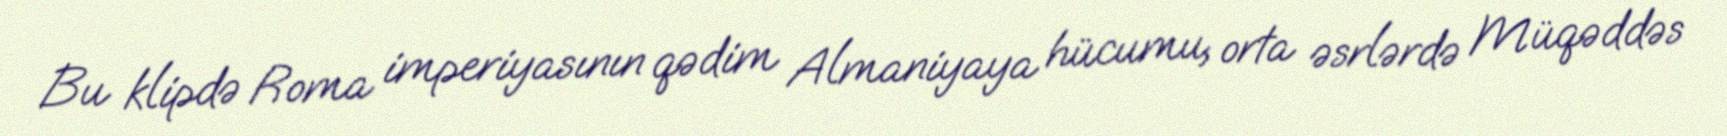
Bu klipdə Roma imperiyasının qədim Almaniyaya hücumu, orta əsrlərdə Müqəddəs